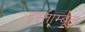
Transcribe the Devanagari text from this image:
इस्ताम्बूल